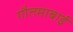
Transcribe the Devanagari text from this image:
गौतमाबाई